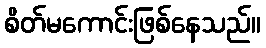
စိတ်မကောင်းဖြစ်နေသည်။